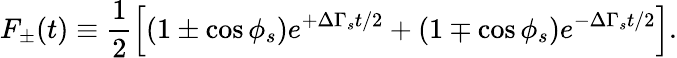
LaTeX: F_{\pm}(t)\equiv\frac{1}{2}\left[\left(1\pm\cos\phi_{s}\right)e^{+\Delta\Gamma_{s}t/2}+\left(1\mp\cos\phi_{s}\right)e^{-\Delta\Gamma_{s}t/2}\right].